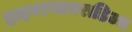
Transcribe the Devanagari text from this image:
हाइपरथायराडिज्म